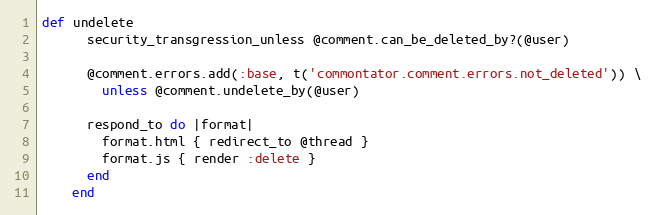
Language: Ruby
def undelete
      security_transgression_unless @comment.can_be_deleted_by?(@user)

      @comment.errors.add(:base, t('commontator.comment.errors.not_deleted')) \
        unless @comment.undelete_by(@user)

      respond_to do |format|
        format.html { redirect_to @thread }
        format.js { render :delete }
      end
    end